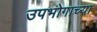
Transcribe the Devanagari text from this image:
उपभोगाच्या